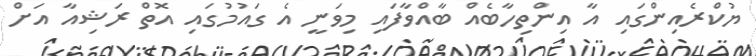
ޔުކްރެއިންގައި އާ އިންތިހާބެއް ބާއްވާފައި މިވަނީ އެ ގައުމުގައި އޮތް ރަޝިއާ އަށް